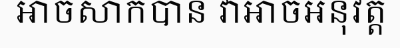
អាចសាកបាន វាអាចអនុវត្ត